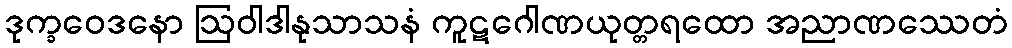
ဒုက္ခဝေဒနော ဩဝါဒါနုသာသနံ ကူဋဂေါဏယုတ္တရထော အညာဏဿေတံ